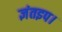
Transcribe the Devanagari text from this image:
ज्ञंतइप।